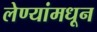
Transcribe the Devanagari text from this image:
लेण्यांमधून